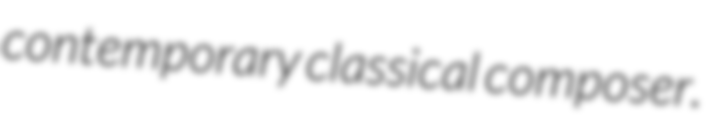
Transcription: contemporary classical composer.